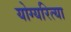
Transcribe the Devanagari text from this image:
योग्यरित्या